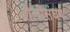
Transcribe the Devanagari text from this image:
शैलीसंघर्ष